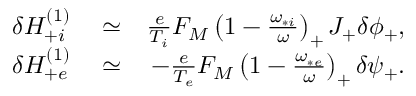
\begin{array} { r l r } { \delta H _ { + i } ^ { ( 1 ) } } & { { } \simeq } & { \frac { e } { T _ { i } } F _ { M } \left( 1 - \frac { \omega _ { * i } } { \omega } \right) _ { + } J _ { + } \delta \phi _ { + } , } \\ { \delta H _ { + e } ^ { ( 1 ) } } & { { } \simeq } & { - \frac { e } { T _ { e } } F _ { M } \left( 1 - \frac { \omega _ { * e } } { \omega } \right) _ { + } \delta \psi _ { + } . } \end{array}